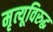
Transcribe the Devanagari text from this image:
मृत्यूविरुद्ध